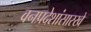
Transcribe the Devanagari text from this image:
वनप्रदेशांसारखे